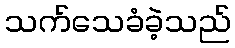
သက်သေခံခဲ့သည်